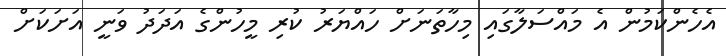
އެހެންކަމުން އެ މައްސަލާގައި މިހާތަނަށް ހައްޔަރު ކުރި މީހުންގެ އަދަދު ވަނީ އަށަކަށް